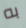
به